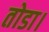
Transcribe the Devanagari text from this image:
तोडा।